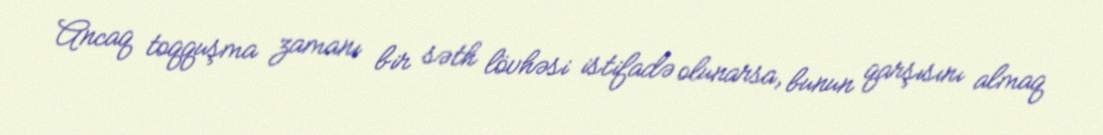
Ancaq toqquşma zamanı bir səth lövhəsi istifadə olunarsa, bunun qarşısını almaq